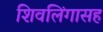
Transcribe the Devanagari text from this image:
शिवलिंगासह